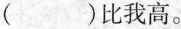
( )比我高。